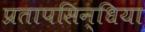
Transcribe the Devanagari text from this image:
प्रतापसिन्धिया